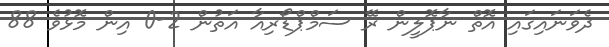
ދެވަނައިގައި އޮތް ނާޕޮލީން ރޭ ސަމްޕްޑޯރިއާ އަތުން 2-0 އިން މޮޅުވެ 88